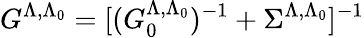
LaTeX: G^{\Lambda,\Lambda_{0}}=[(G_{0}^{\Lambda,\Lambda_{0}})^{-1}+\Sigma^{\Lambda,\Lambda_{0}}]^{-1}